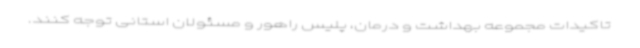
تاکیدات مجموعه بهداشت و درمان، پلیس راهور و مسئولان استانی توجه کنند.